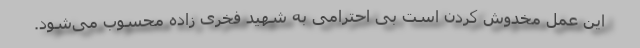
این عمل مخدوش کردن است بی احترامی به شهید فخری زاده محسوب می‌شود.